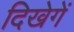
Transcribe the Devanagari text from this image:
दिखेगें